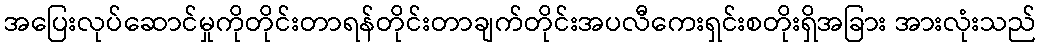
အပြေးလုပ်ဆောင်မှုကိုတိုင်းတာရန်တိုင်းတာချက်တိုင်းအပလီကေးရှင်းစတိုးရှိအခြား အားလုံးသည်